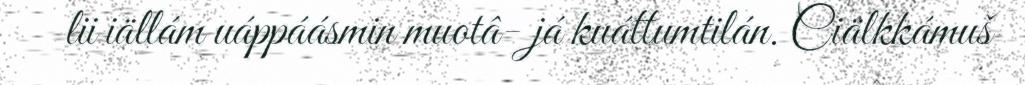
lii iällám uáppáásmin muotâ- já kuáttumtilán. Ciälkkámuš